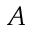
A